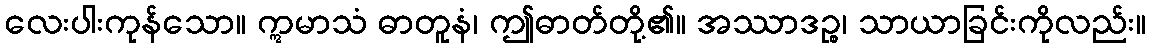
လေးပါးကုန်သော။ ဣမာသံ ဓာတူနံ၊ ဤဓာတ်တို့၏။ အဿာဒဉ္စ၊ သာယာခြင်းကိုလည်း။